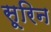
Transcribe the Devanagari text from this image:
सूरिन